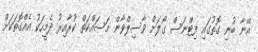
އޭނާ ބުނި ގޮތުގައި ފިޓްނަސް ގޯލަށް ވާސިލްވާން މަސައްކަތް ކުރާއިރު ދެމީހަކު އެއްގޮތަކަށް